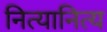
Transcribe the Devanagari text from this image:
नित्यानित्य